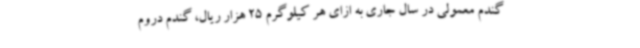
گندم معمولی در سال جاری به ازای هر کیلوگرم 25 هزار ریال، گندم دروم